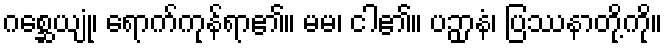
ဂစ္ဆေယျုံ၊ ရောက်ကုန်ရာ၏။ မမ၊ ငါ၏။ ပဉှာနံ၊ ပြဿနာတို့ကို။